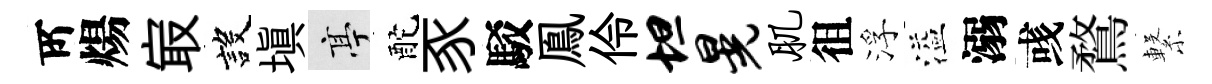
𠩄煬㝡設填亭酡豕駁鳯伶坦晃肌徂浮溢溺彧鶩繋